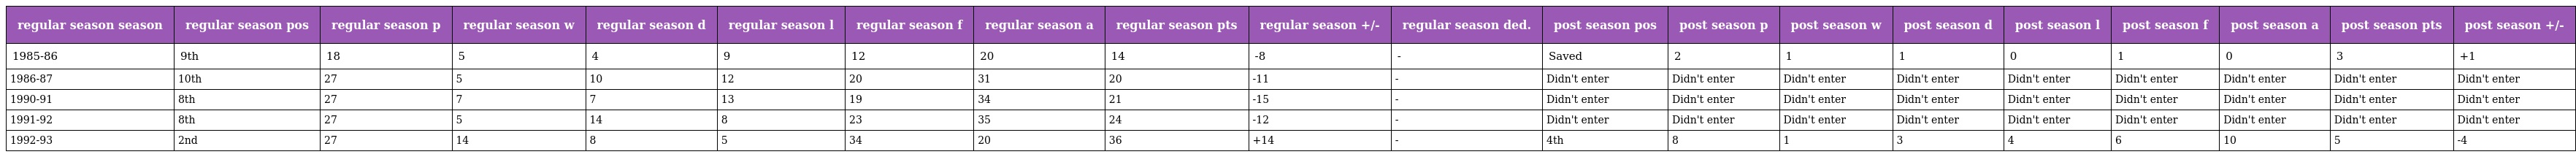
| regular season season | regular season pos | regular season p | regular season w | regular season d | regular season l | regular season f | regular season a | regular season pts | regular season +/- | regular season ded. | post season pos | post season p | post season w | post season d | post season l | post season f | post season a | post season pts | post season +/- |
 | --- | --- | --- | --- | --- | --- | --- | --- | --- | --- | --- | --- | --- | --- | --- | --- | --- | --- | --- | --- |
 | 1985-86 | 9th | 18 | 5 | 4 | 9 | 12 | 20 | 14 | -8 | - | Saved | 2 | 1 | 1 | 0 | 1 | 0 | 3 | +1 |
 | 1986-87 | 10th | 27 | 5 | 10 | 12 | 20 | 31 | 20 | -11 | - | Didn't enter | Didn't enter | Didn't enter | Didn't enter | Didn't enter | Didn't enter | Didn't enter | Didn't enter | Didn't enter |
 | 1990-91 | 8th | 27 | 7 | 7 | 13 | 19 | 34 | 21 | -15 | - | Didn't enter | Didn't enter | Didn't enter | Didn't enter | Didn't enter | Didn't enter | Didn't enter | Didn't enter | Didn't enter |
 | 1991-92 | 8th | 27 | 5 | 14 | 8 | 23 | 35 | 24 | -12 | - | Didn't enter | Didn't enter | Didn't enter | Didn't enter | Didn't enter | Didn't enter | Didn't enter | Didn't enter | Didn't enter |
 | 1992-93 | 2nd | 27 | 14 | 8 | 5 | 34 | 20 | 36 | +14 | - | 4th | 8 | 1 | 3 | 4 | 6 | 10 | 5 | -4 |